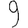
Digit: 9